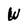
Character: W